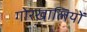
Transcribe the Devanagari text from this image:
गोरखालियों